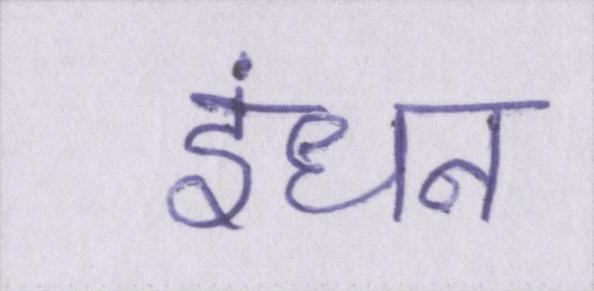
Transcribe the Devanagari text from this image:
इंधन